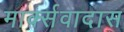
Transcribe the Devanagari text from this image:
मार्क्सवादास